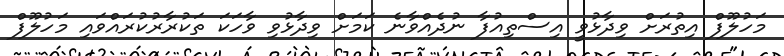
މަހުލޫފް އިތުރަށް ވިދާޅުވީ އިސްތިއުފާ ނުދެއްވާނެ ކަމަށް ވިދާޅުވި ވާހަކަ ތަކުރާރުކުރައްވައި މަހުލޫފް